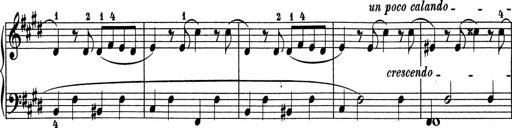
Title: 5 Sonatinen fÃ¼r die Jugend
Composer: Carl Reinecke